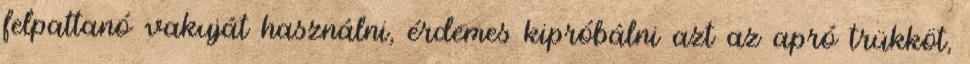
felpattanó vakuját használni, érdemes kipróbálni azt az apró trükköt,